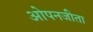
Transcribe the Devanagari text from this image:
ओपनजीता